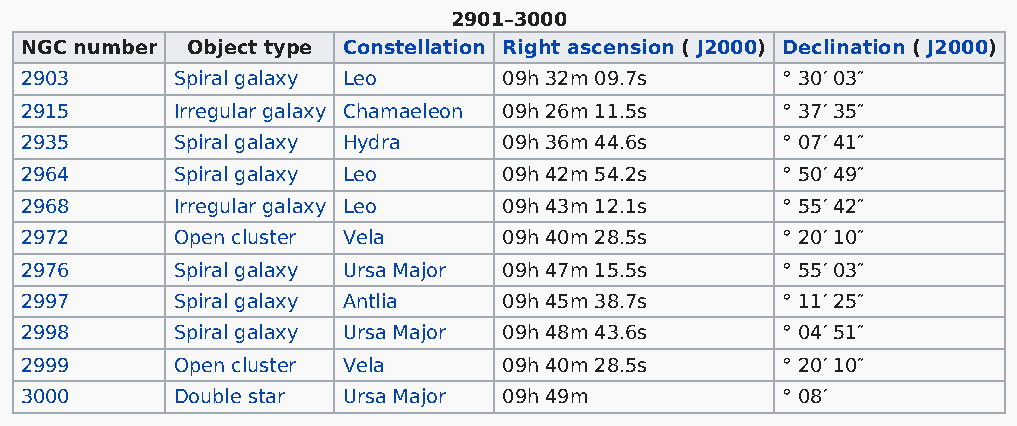
2901–3000
 NGC number Object type Constellation Right ascension ( J2000) Declination ( J2000)
 2903      Spiral galaxy Leo     09h 32m 09.7s      ° 30′ 03″
 2915      Irregular galaxy Chamaeleon 09h 26m 11.5s ° 37′ 35″
 2935      Spiral galaxy Hydra   09h 36m 44.6s      ° 07′ 41″
 2964      Spiral galaxy Leo     09h 42m 54.2s      ° 50′ 49″
 2968      Irregular galaxy Leo  09h 43m 12.1s      ° 55′ 42″
 2972      Open cluster Vela     09h 40m 28.5s      ° 20′ 10″
 2976      Spiral galaxy Ursa Major 09h 47m 15.5s   ° 55′ 03″
 2997      Spiral galaxy Antlia  09h 45m 38.7s      ° 11′ 25″
 2998      Spiral galaxy Ursa Major 09h 48m 43.6s   ° 04′ 51″
 2999      Open cluster Vela     09h 40m 28.5s      ° 20′ 10″
 3000      Double star Ursa Major 09h 49m           ° 08′